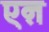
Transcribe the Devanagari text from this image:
एऩ